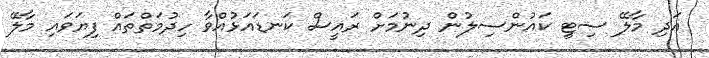
އަދި މާލޭ ސިޓީ ކައުންސިލުން ދިނުމަށް ރައީސް ކަނޑައަޅުއްވާ ހިދުމަތްތައް ފިޔަވައި މާލޭ